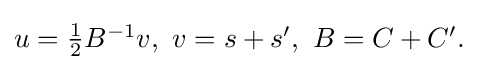
{\textstyle u={\frac {1}{2}}B^{-1}v,\ v=s+s',\ B=C+C'.}